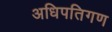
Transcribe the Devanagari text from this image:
अधिपतिगण